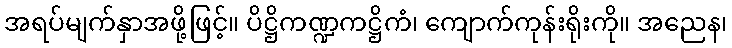
အရပ်မျက်နှာအဖို့ဖြင့်။ ပိဋ္ဌိကဏ္ဍကဋ္ဌိကံ၊ ကျောက်ကုန်းရိုးကို။ အညေန၊